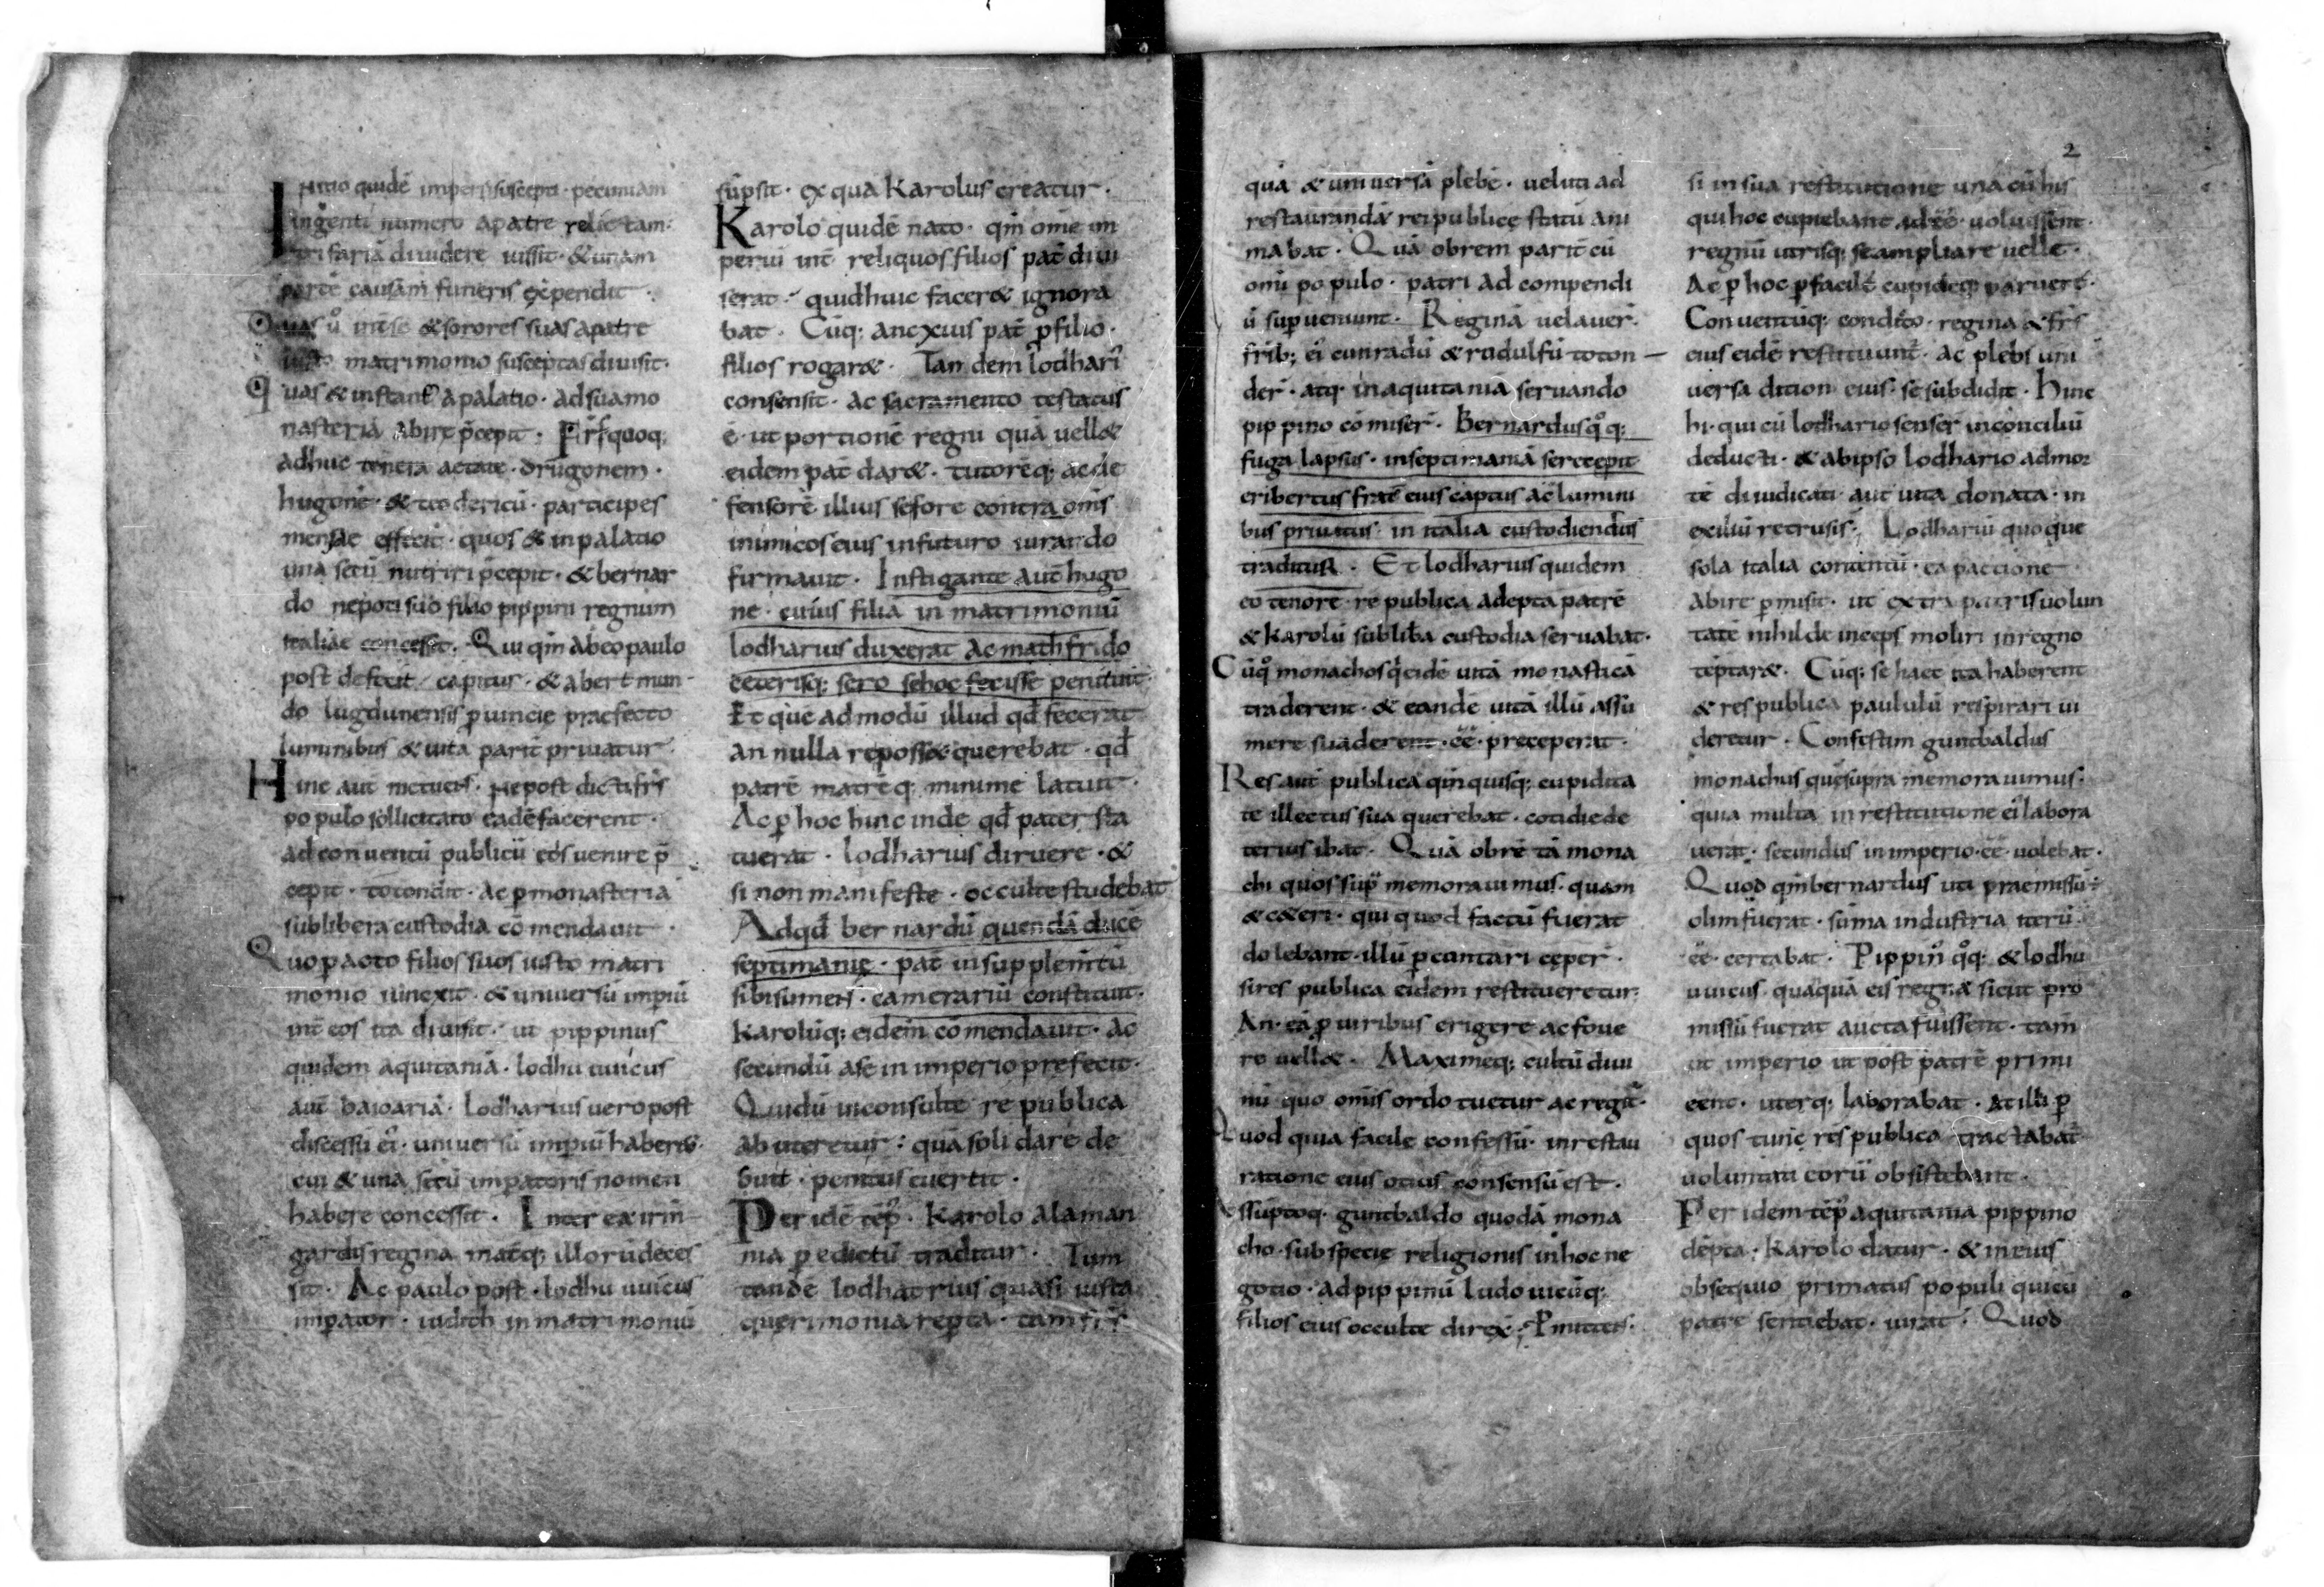
Shelfmark: Paris, BnF, lat. 9768
Century: 10